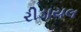
રીડાયલ